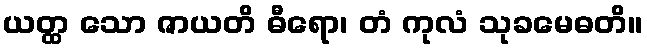
ယတ္ထ သော ဇာယတိ ဓီရော၊ တံ ကုလံ သုခမေဓတိ။